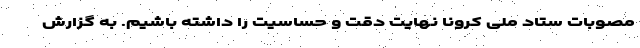
مصوبات ستاد ملی کرونا نهایت دقت و حساسیت را داشته باشیم. به گزارش